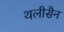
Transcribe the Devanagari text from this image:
थलीसैन